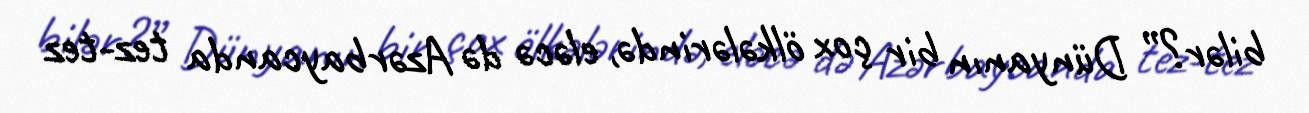
bilər?” Dünyanın bir çox ölkələrində, eləcə də Azərbaycanda tez-tez